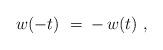
LaTeX: \begin{align*} w(-t)~= \; - \, w(t)~,\end{align*}